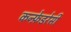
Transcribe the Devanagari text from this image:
कन्फ़ेडरेसी